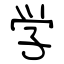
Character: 学